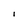
Character: I